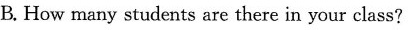
B. How many students are there in your class?